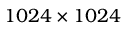
1 0 2 4 \times 1 0 2 4